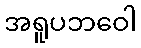
အရူပဘဝေါ